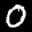
Label: 0